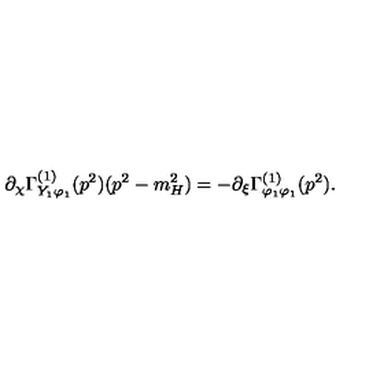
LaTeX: \partial _ { \chi } \Gamma _ { Y _ { 1 } \varphi _ { 1 } } ^ { ( 1 ) } ( p ^ { 2 } ) ( p ^ { 2 } - m _ { H } ^ { 2 } ) = - \partial _ { \xi } \Gamma _ { \varphi _ { 1 } \varphi _ { 1 } } ^ { ( 1 ) } ( p ^ { 2 } ) .